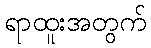
ရာထူးအတွက်